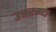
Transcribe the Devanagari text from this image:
उत्तरम्य